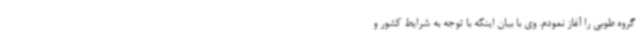
گروه طوبی را آغاز نمودم. وی با بیان اینکه با توجه به شرایط کشور و